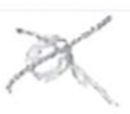
Text: a
Cross-out: cross
Writing tool: pencil